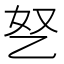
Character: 㐐